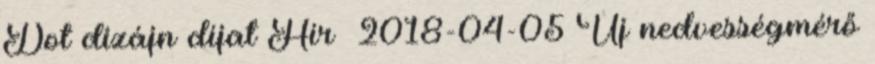
Dot dizájn díjat Hír 2018-04-05 Új nedvességmérő